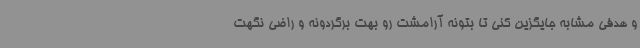
و هدفی مشابه جایگزین کنی تا بتونه آرامشت رو بهت برگردونه و راضی نگهت